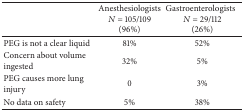
<table><thead><tr><td><b> </b></td><td><b>Anesthesiologists <i>N</i> = 105/109 (96%)</b></td><td><b>Gastroenterologists<i>N</i> = 29/112 (26%)</b></td></tr></thead><tbody><tr><td>PEG is not a clear liquid</td><td>81%</td><td>52%</td></tr><tr><td>Concern about volume ingested</td><td>32%</td><td>5%</td></tr><tr><td>PEG causes more lung injury</td><td>0</td><td>3%</td></tr><tr><td>No data on safety</td><td>5%</td><td>38%</td></tr></tbody></table>